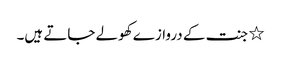
٭ جنت کے دروازے کھولے جاتے ہیں۔